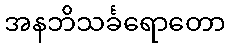
အနဘိသင်္ခရောတော